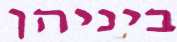
ביניהן